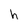
Character: h